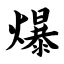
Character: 爆